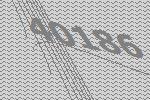
40186